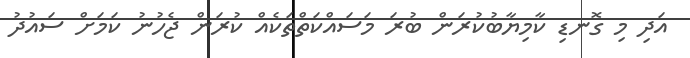
އަދި މި ގޮނޑި ކާމިޔާބުކުރަން ބުރަ މަސައްކަތްތަކެއް ކުރަން ޖެހުނު ކަމަށް ސައުދު